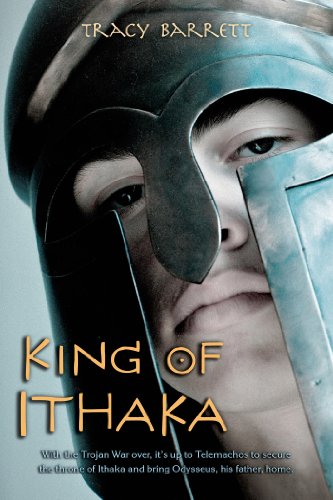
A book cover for King of Ithaka; Tracy Barrett; Teen & Young Adult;